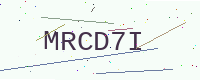
Text: MRCD7I